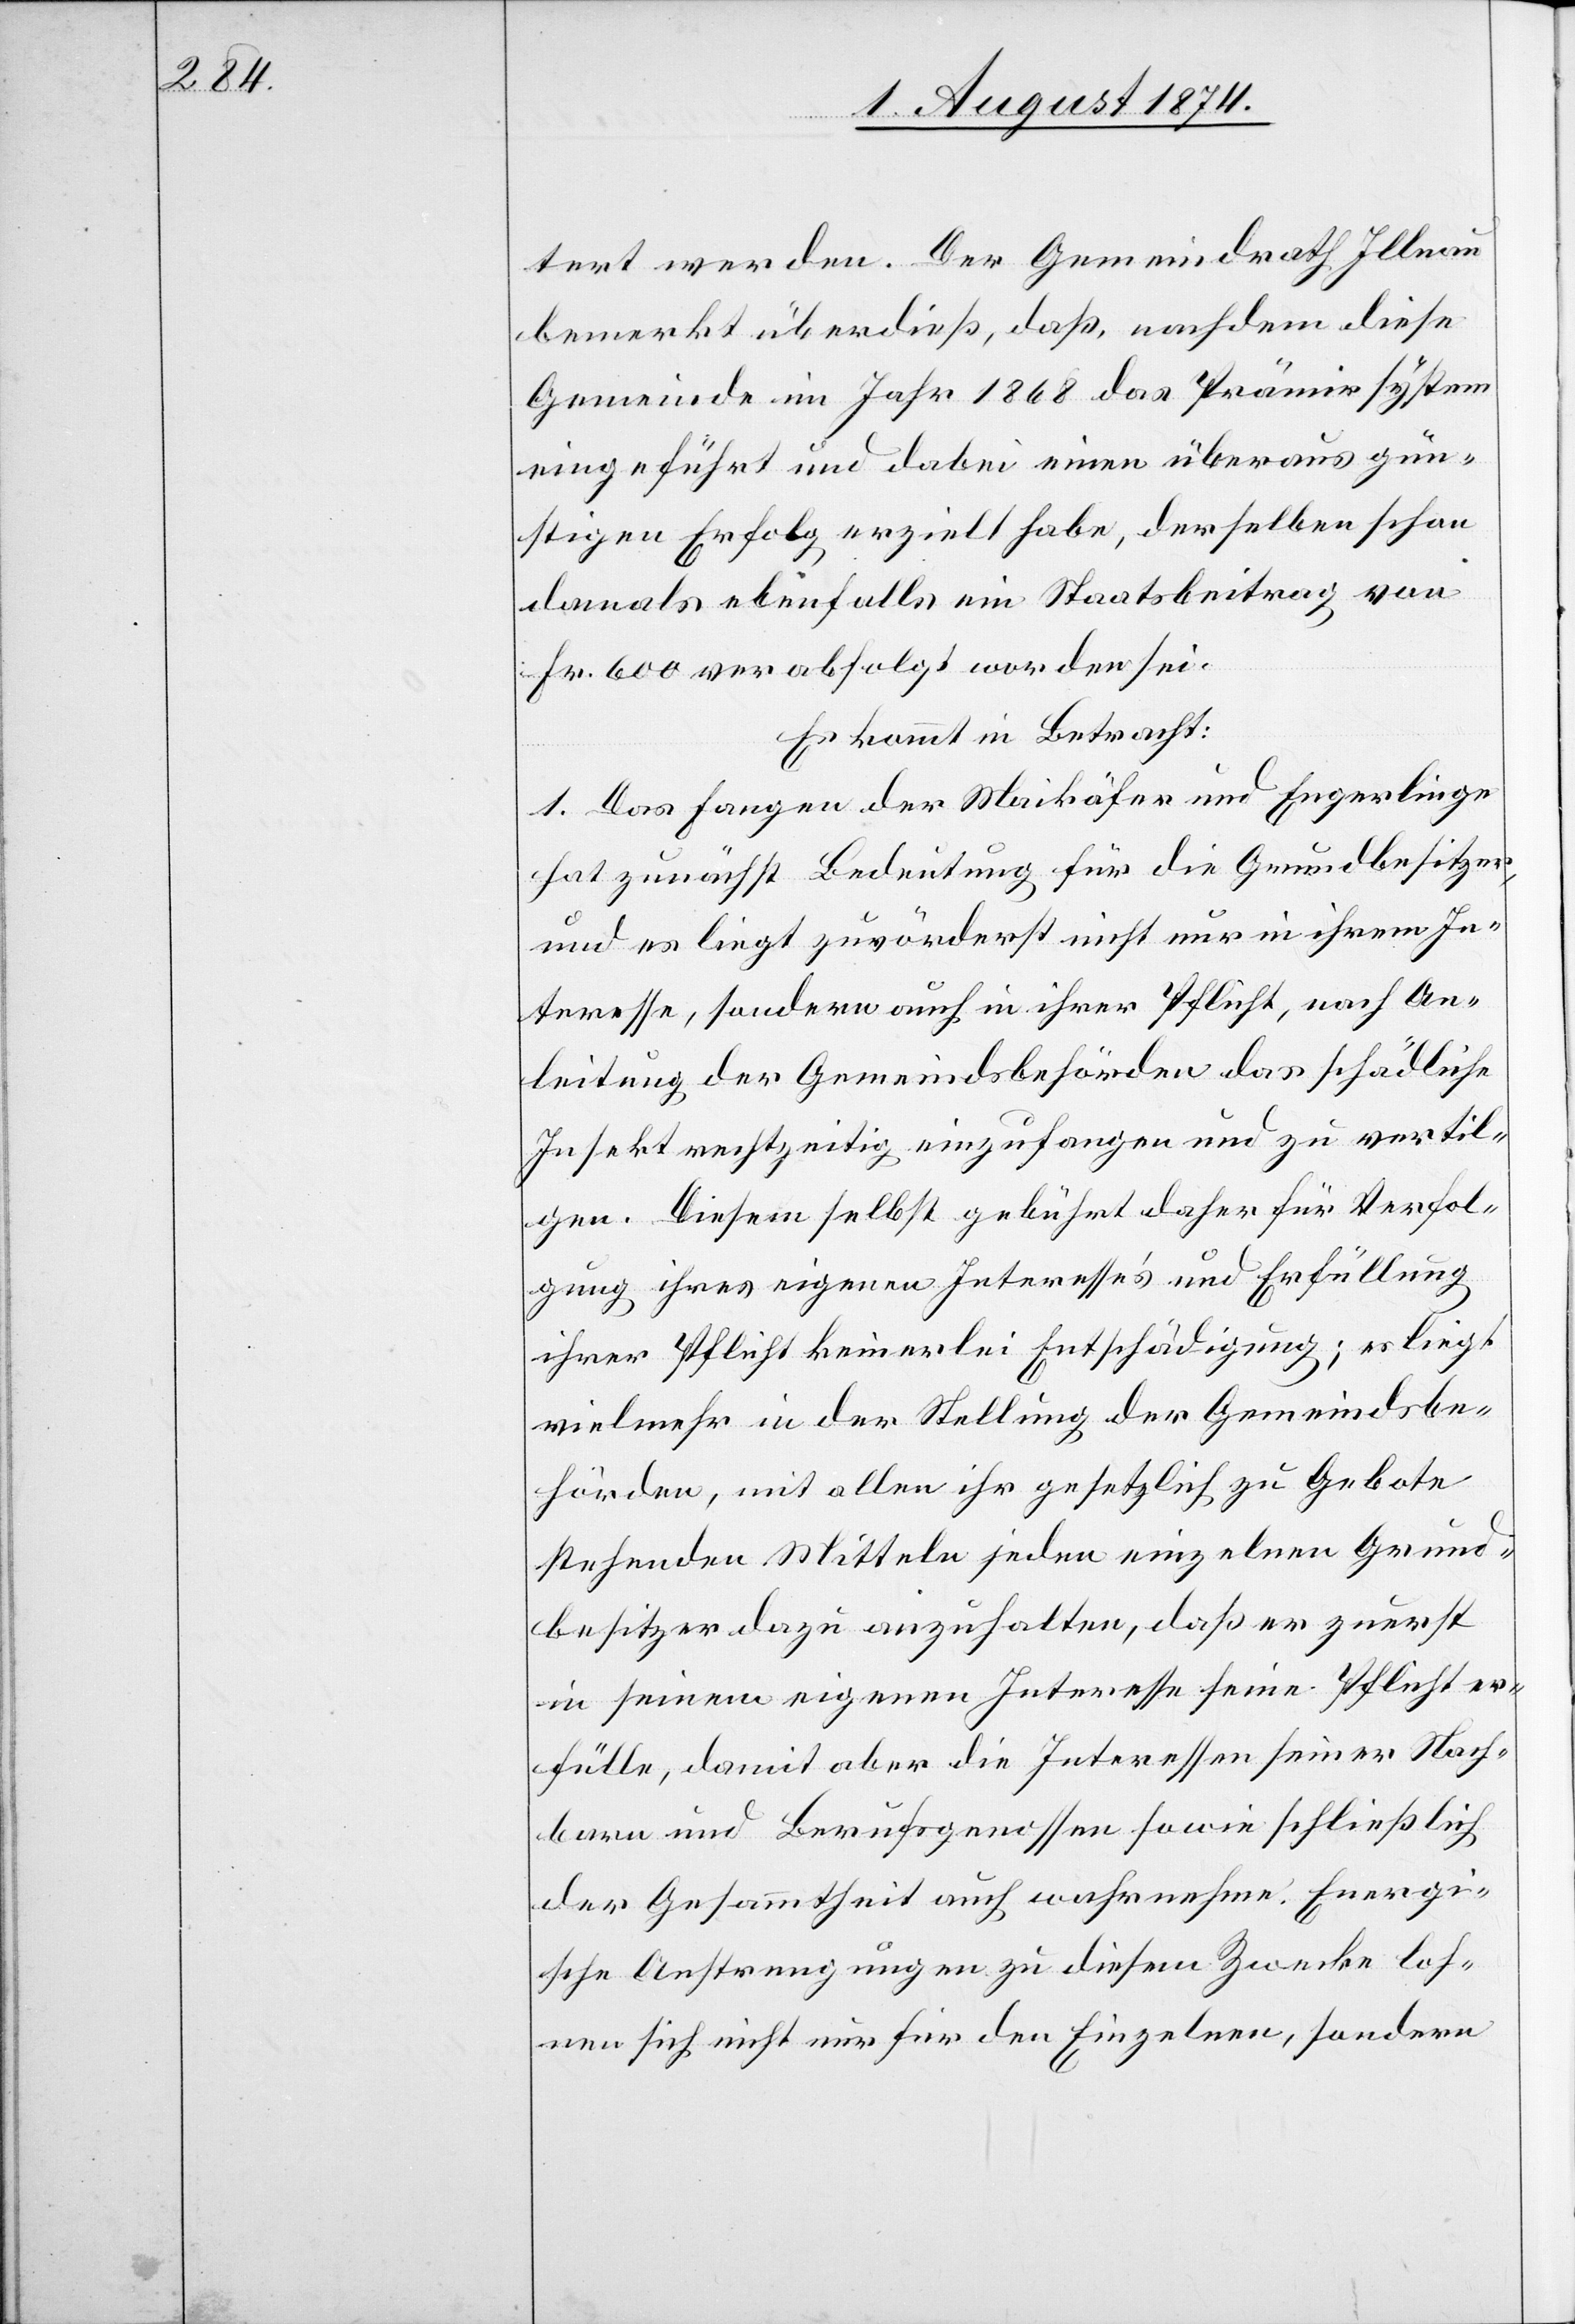
tert werden. Der Gemeindrath Illnau
bemerkt überdieß, daß, nachdem diese
Gemeinde im Jahr 1868 das Prämirsystem
eingeführt und dabei einen überaus gün¬
stigen Erfolg erzielt habe, derselben schon
damals ebenfalls ein Staatsbeitrag von
Fr. 600 verabfolgt worden sei.
Es kommt in Betracht:
1. Das Fangen der Maikäfer und Engerlinge
hat zunächst Bedeutung für die Grundbesitzer,
und es liegt zuvörderst nicht nur in ihrem In¬
teresse, sondern auch in ihrer Pflicht, nach An¬
leitung der Gemeindsbehörden das schädliche
Insekt rechtzeitig einzufangen und zu vertil¬
gen. Diesem selbst gebührt daher für Verfol¬
gung ihres eigenen Interesse’s und Erfüllung
ihrer Pflicht keinerlei Entschädigung; es liegt
vielmehr in der Stellung der Gemeindsbe¬
hörden, mit allen ihr gesetzlich zu Gebote
stehenden Mitteln jeden einzelnen Grund¬
besitzer dazu anzuhalten, daß er zuerst
in seinem eigenen Interesse seine Pflicht er¬
fülle, damit aber die Interessen seiner Nach¬
barn und Berufsgenossen sowie schließlich
der Gesammtheit auch wahrnehme. Energ¬
ische Anstrengungen zu diesem Zwecke loh¬
nen sich nicht nur für den Einzelnen, sondern